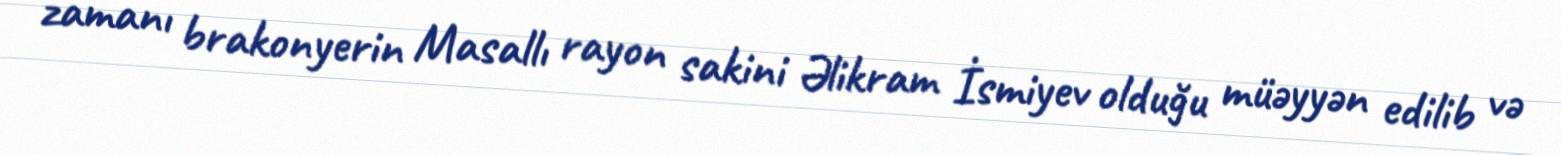
zamanı brakonyerin Masallı rayon sakini Əlikram İsmiyev olduğu müəyyən edilib və